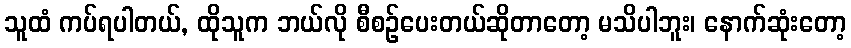
သူထံ ကပ်ရပါတယ်, ထိုသူက ဘယ်လို စီစဉ်ပေးတယ်ဆိုတာတော့ မသိပါဘူး၊ နောက်ဆုံးတော့